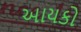
આયકો